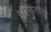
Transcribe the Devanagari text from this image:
सागंतात